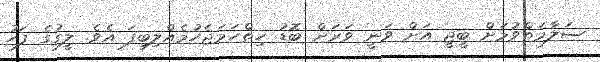
ސަލާމަތްވުމަށް ބީޖީ އަށް ވަނީ ވަރަށް ބޮޑު ހިތްހަމަޖެހުމެއްލިބިފަ އެވެ. ލީގުގެ ފަހު